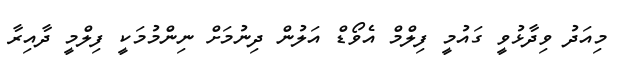
މިއަދު ވިދާޅުވީ ގައުމީ ފިލްމް އެވޯޑް އަލުން ދިނުމަށް ނިންމުމަކީ ފިލްމީ ދާއިރާ